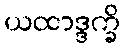
ယထာဒ္ဒက္ခိ